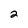
Character: 2